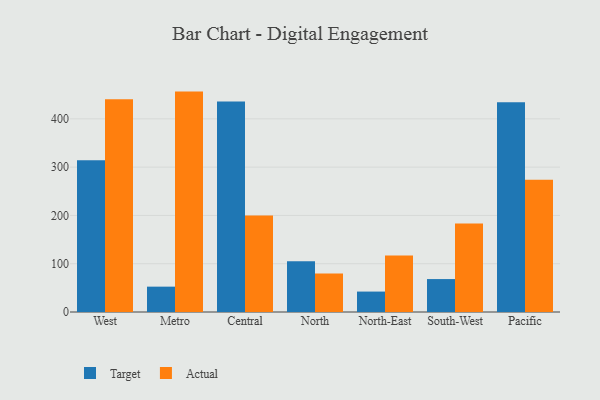
{"axis": {"x": "Region", "y": "Demand Index"}, "legend": ["Actual", "Target"], "data": [{"x": "West", "y": 314.2, "type": "Target"}, {"x": "West", "y": 440.3, "type": "Actual"}, {"x": "Metro", "y": 52.5, "type": "Target"}, {"x": "Metro", "y": 456.4, "type": "Actual"}, {"x": "Central", "y": 435.9, "type": "Target"}, {"x": "Central", "y": 199.7, "type": "Actual"}, {"x": "North", "y": 105.3, "type": "Target"}, {"x": "North", "y": 79.5, "type": "Actual"}, {"x": "North-East", "y": 42.3, "type": "Target"}, {"x": "North-East", "y": 117.1, "type": "Actual"}, {"x": "South-West", "y": 68.2, "type": "Target"}, {"x": "South-West", "y": 183.3, "type": "Actual"}, {"x": "Pacific", "y": 434.4, "type": "Target"}, {"x": "Pacific", "y": 273.7, "type": "Actual"}]}